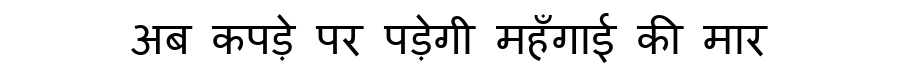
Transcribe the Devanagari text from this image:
अब कपड़े पर पड़ेगी महँगाई की मार